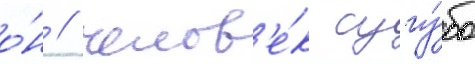
о́н / челов'е́к сугу́бо